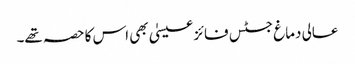
عالی دماغ جسٹس فائز عیسیٰ بھی اس کا حصہ تھے۔